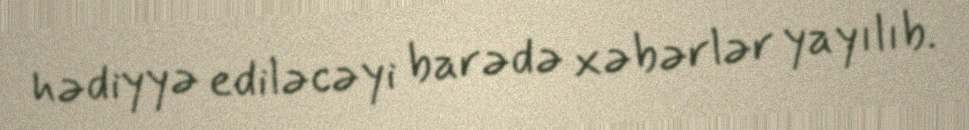
hədiyyə ediləcəyi barədə xəbərlər yayılıb.